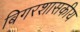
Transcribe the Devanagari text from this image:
बिगरशासकीय